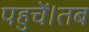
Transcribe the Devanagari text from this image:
पहुचें।तब